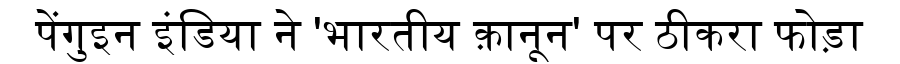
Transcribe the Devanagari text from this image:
पेंगुइन इंडिया ने 'भारतीय क़ानून' पर ठीकरा फोड़ा